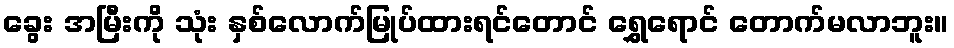
ခွေး အမြီးကို သုံး နှစ်လောက်မြုပ်ထားရင်တောင် ရွှေရောင် တောက်မလာဘူး။